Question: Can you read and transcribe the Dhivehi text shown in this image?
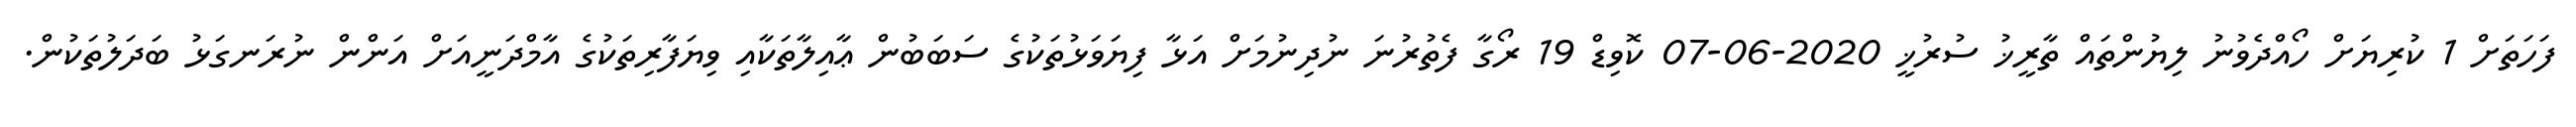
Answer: ފަހަތަށް 1 ކުރިޔަށް ހޯއްދެވުނު ލިޔުންތައް ތާރީޚު ސުރުޚީ 2020-06-07 ކޮވިޑް 19 ރޯގާ ފެތުރުނަ ނުދިނުމަށް އަޅާ ފިޔަވަޅުތަކުގެ ސަބަބުން ޢާއިލާތަކާއި ވިޔަފާރިތަކުގެ އާމްދަނީއަށް އަންން ނުރަނގަޅު ބަދަލުތަކުން.